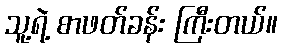
သူ့ရဲ့ စာဖတ်ခန်း ကြီးတယ်။